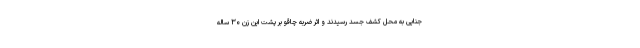
جنایی به محل کشف جسد رسیدند و اثر ضربه چاقو بر پشت این زن ۳۰ ساله